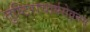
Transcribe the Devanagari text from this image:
तुष्टिराचार्यसेवनम्